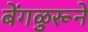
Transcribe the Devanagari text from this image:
बेंगळुरूने